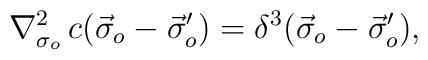
\nabla^2_{\sigma_o}\,c(\vec{\sigma}_o-\vec{\sigma}'_o)=\delta^3(\vec{\sigma}_o-\vec{\sigma}'_o),